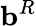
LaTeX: \mathbf{b}^{R}